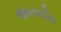
જનનીય